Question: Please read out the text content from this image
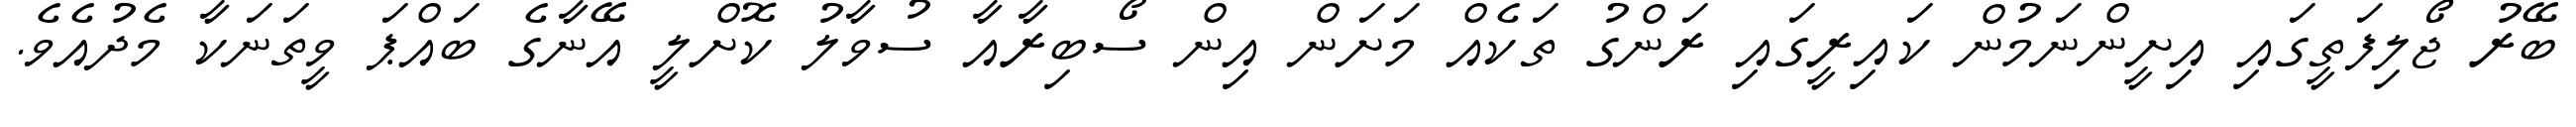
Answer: ބޭރު ޖޯލިފަތީގައި އިށީންނަމުން ކައިރީގައި ރަންގު ތަކެއް މަށަން އިން ސޯބިރާއާ ސުވާލު ކޮށްލީ އޭނާގެ ބައްޕަ ވީތަނަކާ މެދުއެވެ.